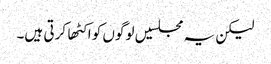
لیکن یہ مجلسیں لوگوں کو اکٹها کرتی ہیں۔